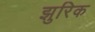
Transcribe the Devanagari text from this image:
झुरिक